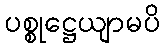
ပစ္စုဋ္ဌေယျာမပိ